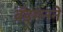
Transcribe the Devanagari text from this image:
ब्रॅडमनने